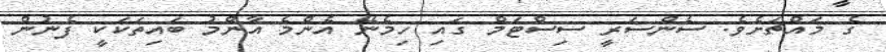
ގެ މައްޗަށެވެ. ސެންސަރީ ސިސްޓަމް ގައި ހިމެނޭ އެންމެ އާންމު ބައިތަކަކީ ފެނުން